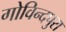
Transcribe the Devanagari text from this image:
गोविन्दपुरा